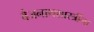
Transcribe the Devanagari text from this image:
वैजनाथशास्त्रींना